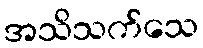
အသိသက်သေ